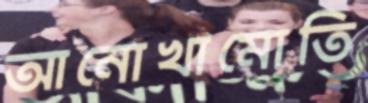
আনোখামোতি